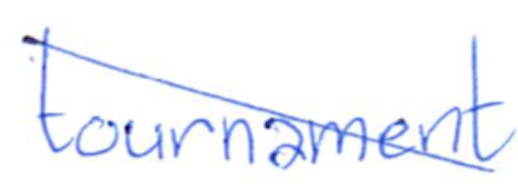
Text: tournament
Cross-out: diagonal
Writing tool: ballpoint